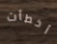
أخطأت